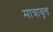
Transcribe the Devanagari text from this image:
मात्रावृत्त